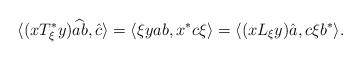
LaTeX: \begin{align*}\langle (x T_\xi^* y) \widehat{ab}, \hat{c} \rangle= \langle \xi yab , x^* c \xi \rangle= \langle ( x L_\xi y ) \hat{a}, c \xi b^* \rangle.\end{align*}